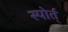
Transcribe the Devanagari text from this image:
स्पोर्त्